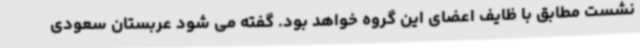
نشست مطابق با ظایف اعضای این گروه خواهد بود. گفته می شود عربستان سعودی